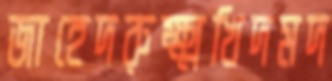
জাহেদরুক্ষ্মখিদমদ